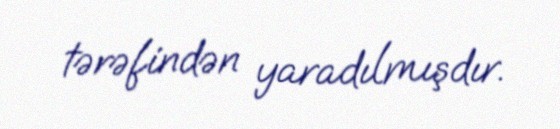
tərəfindən yaradılmışdır.